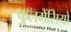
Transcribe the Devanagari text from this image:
फुलगेंसियो